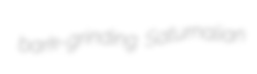
bark-grinding Saturnalian